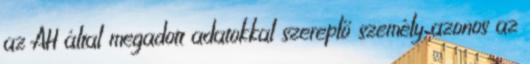
az AH által megadott adatokkal szereplő személy azonos az